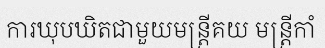
ការឃុបឃិតជាមួយមន្ត្រីគយ មន្ត្រីកាំ